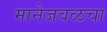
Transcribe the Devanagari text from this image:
मानेजवळचा